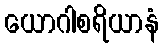
ယောဂါစရိယာနံ